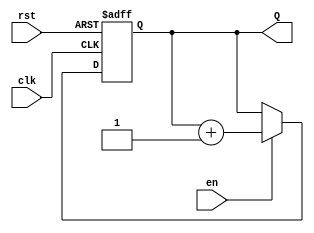
module binary_counter #(
    parameter N = 4  // Number of bits in the counter (default is 4 bits)
) (
    input wire clk,     // Clock input
    input wire rst,     // Asynchronous reset input
    input wire en,      // Enable input
    output reg [N-1:0] Q // Output count value
);

// Always block triggered on the clock edge or reset signal
always @(posedge clk or posedge rst) begin
    if (rst) begin
        // Asynchronous reset: set count to 0
        Q <= 0;
    end else if (en) begin
        // Increment the counter if enabled
        Q <= Q + 1;
    end
    // If not enabled, Q retains its current value
end

endmodule